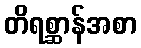
တိရစ္ဆာန်အစာ